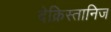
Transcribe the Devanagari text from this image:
देक्रिस्तानिज